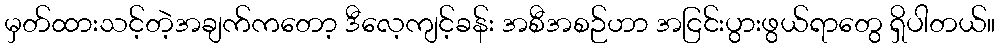
မှတ်ထားသင့်တဲ့အချက်ကတော့ ဒီလေ့ကျင့်ခန်း အစီအစဉ်ဟာ အငြင်းပွားဖွယ်ရာတွေ ရှိပါတယ်။